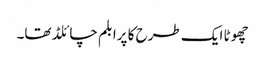
چھوٹا ایک طرح کا پرابلم چائلڈ تھا۔